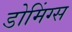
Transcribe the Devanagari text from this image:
डोमिंग्स